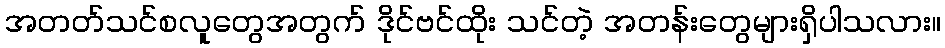
အတတ်သင်စလူတွေအတွက် ဒိုင်ဗင်ထိုး သင်တဲ့ အတန်းတွေများရှိပါသလား။